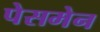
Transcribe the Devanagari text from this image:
पेसमेन